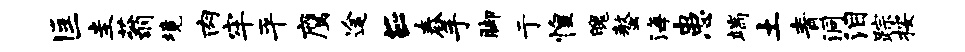
匡圭蓊境肉牢平鹰途E舂手脚亍惶魄螯海患端土青洞泪踪按